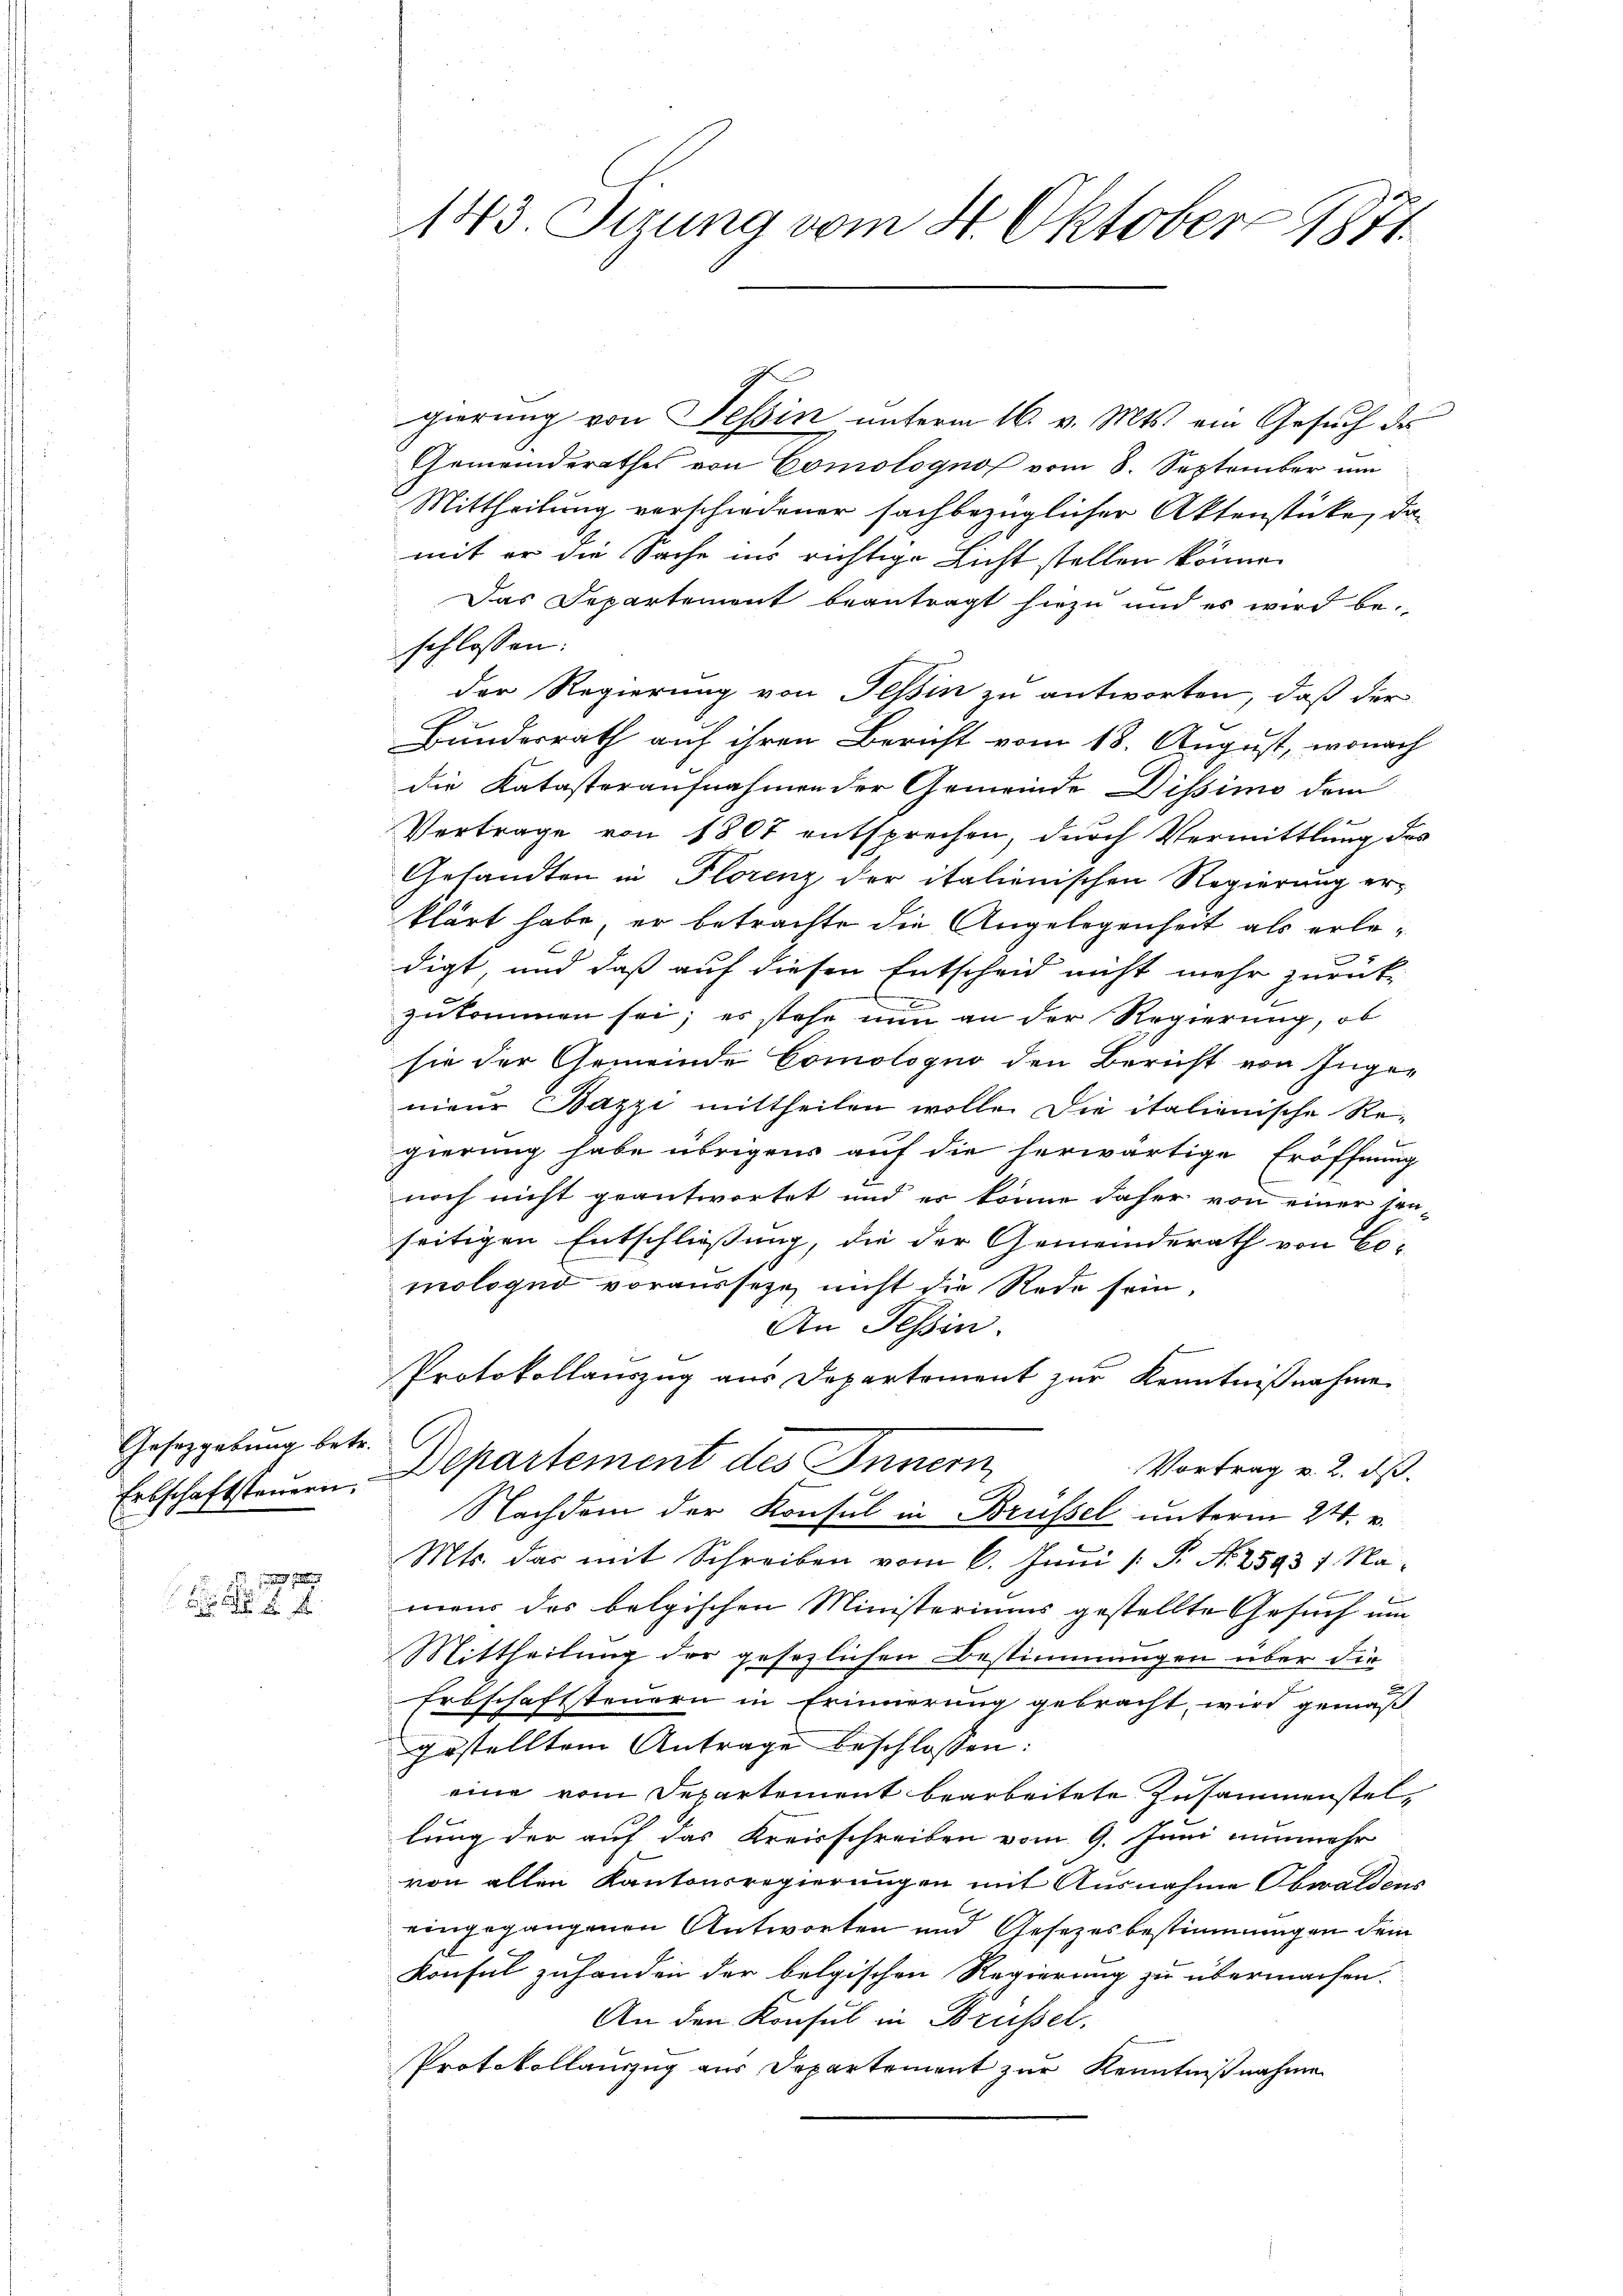
Gesetzgebung betr.
Erbschaftsteuern.

gierung von Tessin, unterm 16. v. Mts. ein Gesuch des
Gemeinderathes von Comologno vom 8. September um
Mittheilung verschiedener sachbezüglicher Aktenstücke, da
mit er die Sache ins richtige Licht stellen könne.
Das Departement beantragt hiezu und es wird be-
schlossen:
der Regierung von Tessin zu antworten, daß der
Bundesrath auf ihren Bericht vom 18. August, wonach
die Katasteraufnahmen der Gemeinde Dissimo dem
Vertrage von 1807 entsprechen, durch Vermittlung des
Gesandten in Florenz der italienischen Regierung erklärt habe, er betrachte die Angelegenheit als erledigt, und daß auf diesen Entscheid nicht mehr zurück-
zukommen sei; es stehe nun an der Regierung, ob
sie der Gemeinde Comologno den Bericht von Ingenieur Bazzi mittheilen wolle. Die italienische Re-
gierung habe übrigens auf die herwärtige Eröffnung
noch nicht geantwortet und er könne daher von einer sen-
seitigen Entschließung, die der Gemeinderath von Co-
mologud vorausseze nicht die Rede sein,
An Tessin.
Protokollauszug aus Departement zur Kenntnißnahme
Departement des Innern
Vortrag v. 2. ds.
Nachdem der Konsul in Brüssel unterm 24. v.
Mts. das mit Schreiben vom 6. Juni /: P. N. 25937 Namens das belgischen Ministeriums gestellte Gesuch um
Mittheilŭng der gesezlichen Bestimmungen über die
Erbschaftssteuern in Erinnerung gebracht, wird gemäß
gestelltem Antrage beschlossen:
eine vom Departement bearbeitete Zusammenstel-
lung der auf das Kreisschreiben vom 9. Juni nunmehr
von allen Kantonsregierungen mit Ausnahme Obwaldens
eingegangenen Antworten und Gesetzesbestimmungen dem
Konsul zuhanden der belgischen Regierung zu übermachen.
An den Konsul in Brüssel,
Protokollauszug aus Departement zur Kenntnißnahme

143. Sizung vom 4. Oktober 1871.